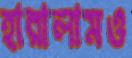
হারালামও